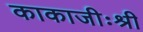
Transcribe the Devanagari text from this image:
काकाजीःश्री